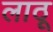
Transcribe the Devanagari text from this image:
लाठू